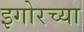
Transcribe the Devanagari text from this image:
इगोरच्या